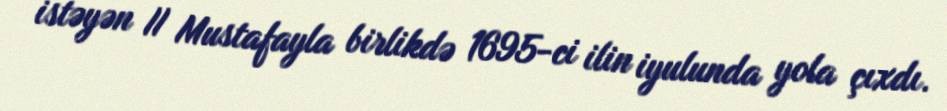
istəyən II Mustafayla birlikdə 1695-ci ilin iyulunda yola çıxdı.